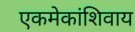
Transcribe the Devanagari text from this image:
एकमेकांशिवाय